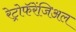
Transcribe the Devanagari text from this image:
रेट्रोफॅरेंजिअल